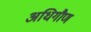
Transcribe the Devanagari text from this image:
अधिगौण